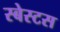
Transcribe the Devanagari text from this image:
स्बेस्टस